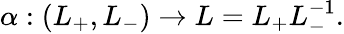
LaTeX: \alpha:(L_{+},L_{-})\rightarrow L=L_{+}L_{-}^{-1}.